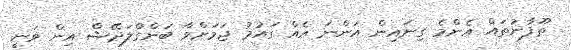
ތޫފާނުތައް އެންމެ ގިނައިން އަންނަ އެއް ގައުމު ޖަމަށްވާ ބަންގްލަދޭޝް އިން ވަނީ